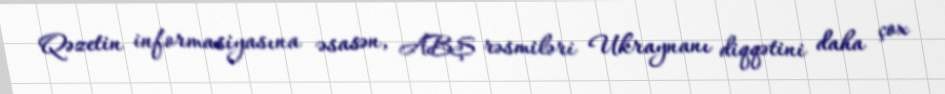
Qəzetin informasiyasına əsasən, ABŞ rəsmiləri Ukraynanı diqqətini daha çox